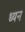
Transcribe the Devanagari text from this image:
ध्यन